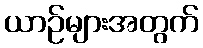
ယာဉ်များအတွက်